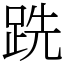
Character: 跣